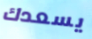
يسعدك